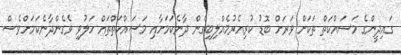
ގައިދީންގެ މަސައްކަތް ތަކަށް ވަރަށް ބޮޑު ކުރިއެރުމެއްލިބިގެން ދާނެކަމަށާއި މަސައްކަތްތައް ހަލުވި ވެގެންދާނެކަމަށްވެސް